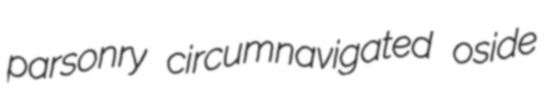
parsonry circumnavigated oside